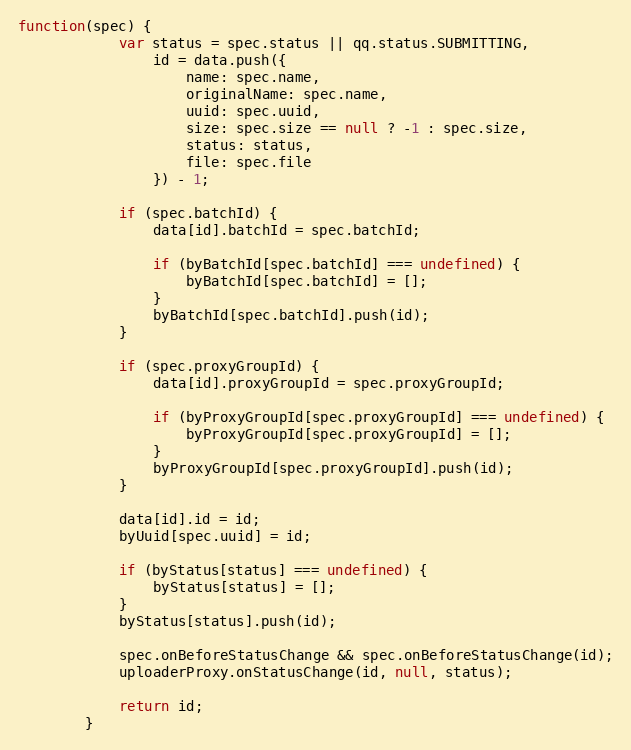
Language: JavaScript
function(spec) {
            var status = spec.status || qq.status.SUBMITTING,
                id = data.push({
                    name: spec.name,
                    originalName: spec.name,
                    uuid: spec.uuid,
                    size: spec.size == null ? -1 : spec.size,
                    status: status,
                    file: spec.file
                }) - 1;

            if (spec.batchId) {
                data[id].batchId = spec.batchId;

                if (byBatchId[spec.batchId] === undefined) {
                    byBatchId[spec.batchId] = [];
                }
                byBatchId[spec.batchId].push(id);
            }

            if (spec.proxyGroupId) {
                data[id].proxyGroupId = spec.proxyGroupId;

                if (byProxyGroupId[spec.proxyGroupId] === undefined) {
                    byProxyGroupId[spec.proxyGroupId] = [];
                }
                byProxyGroupId[spec.proxyGroupId].push(id);
            }

            data[id].id = id;
            byUuid[spec.uuid] = id;

            if (byStatus[status] === undefined) {
                byStatus[status] = [];
            }
            byStatus[status].push(id);

            spec.onBeforeStatusChange && spec.onBeforeStatusChange(id);
            uploaderProxy.onStatusChange(id, null, status);

            return id;
        }